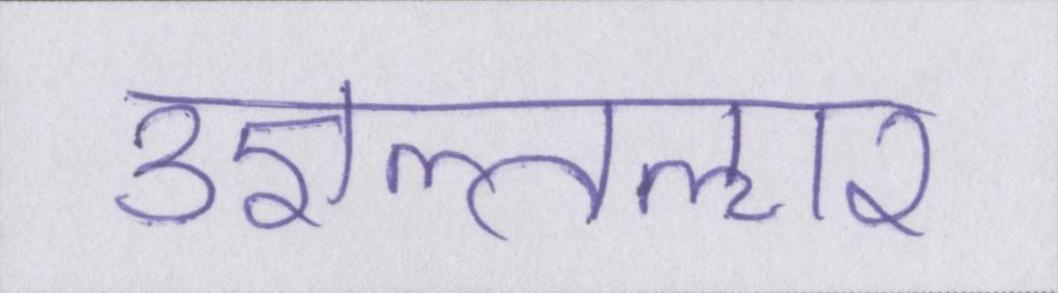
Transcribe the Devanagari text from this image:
उज्ञल्तऌार